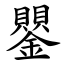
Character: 鑍